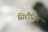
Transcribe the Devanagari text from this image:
सिरौसिस